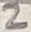
Text: 2